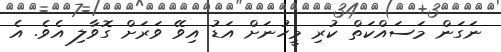
ނަގަން މަސައްކަތް ކުރި މީހުނަށް އަޑު އިވޭ ވަރަށް ގޮވާލި އެވެ. އެ